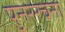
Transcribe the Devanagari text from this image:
पुनररचना